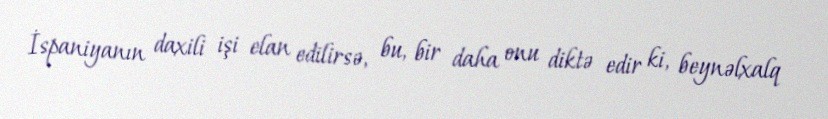
İspaniyanın daxili işi elan edilirsə, bu, bir daha onu diktə edir ki, beynəlxalq